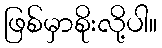
ဖြစ်မှာစိုးလို့ပါ။